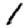
Digit: 1